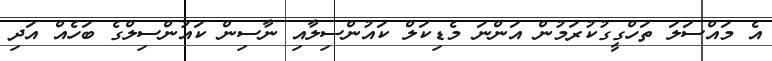
އެ މައްސަލަ ތަހްގީގުކުރަމުން އަންނަ މެޑިކަލް ކައުންސިލާއި ނާސިން ކައުންސިލްގެ ބަހެއް އަދި